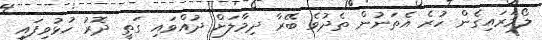
ލޯމަރައިގެން ހުރެ އެތަނުން ތެދުވެ ބޭރާ ދިމާލަށް ދުއްވައި ގަތީ ދޮރު ހުޅުވިފައި